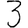
Digit: 3